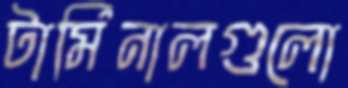
টার্মিনালগুলো